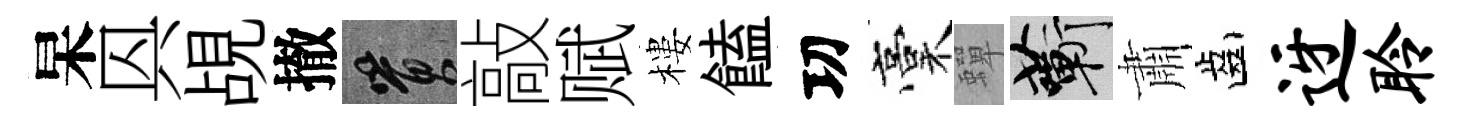
杲㒷覘撤篔敲赋樓饁㓛稾蟬蔪肅齒迓聆